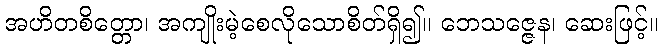
အဟိတစိတ္တော၊ အကျိုးမဲ့စေလိုသောစိတ်ရှိ၍။ ဘေသဇ္ဇေန၊ ဆေးဖြင့်။